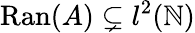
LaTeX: \mathrm{Ran}(A)\subsetneq l^{2}(\mathbb{N})